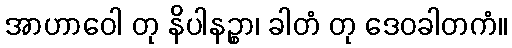
အာဟာဝေါ တု နိပါနဉ္စာ၊ ခါတံ တု ဒေဝခါတကံ။